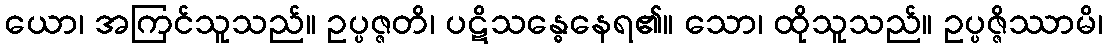
ယော၊ အကြင်သူသည်။ ဥပ္ပဇ္ဇတိ၊ ပဋိသန္ဓေနေရ၏။ သော၊ ထိုသူသည်။ ဥပ္ပဇ္ဇိဿာမိ၊